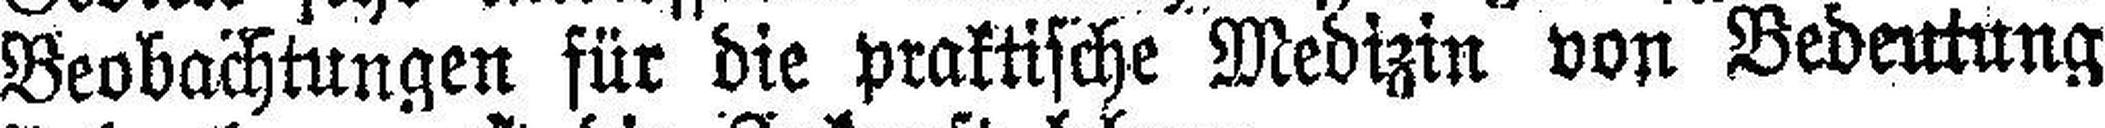
Beobachtungen für die praktische Medizin von Bedeutung